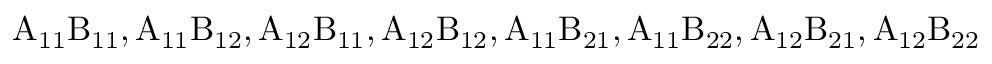
\mathrm { A _ { 1 1 } B _ { 1 1 } , A _ { 1 1 } B _ { 1 2 } , A _ { 1 2 } B _ { 1 1 } , A _ { 1 2 } B _ { 1 2 } , A _ { 1 1 } B _ { 2 1 } , A _ { 1 1 } B _ { 2 2 } , A _ { 1 2 } B _ { 2 1 } , A _ { 1 2 } B _ { 2 2 } }